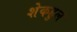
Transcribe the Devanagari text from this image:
शेकहुल